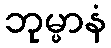
ဘုမ္မာနံ